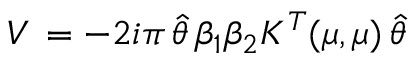
V \, = - 2 i \pi \, \hat { \theta } \, \beta _ { 1 } \beta _ { 2 } K ^ { T } ( \mu , \mu ) \, \hat { \theta }